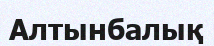
Алтынбалық